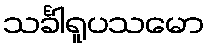
သင်္ခါရူပသမော